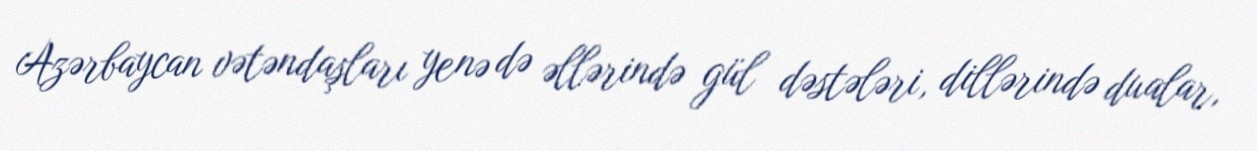
Azərbaycan vətəndaşları yenə də əllərində gül dəstələri, dillərində dualar,